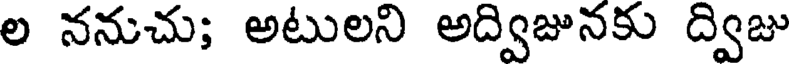
ల ననుచు; అటులని అద్విజునకు ద్విజు